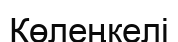
Көлеңкелі